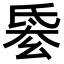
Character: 𣱋